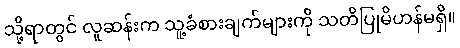
သို့ရာတွင် လူဆန်းက သူ့ခံစားချက်များကို သတိပြုမိဟန်မရှိ။